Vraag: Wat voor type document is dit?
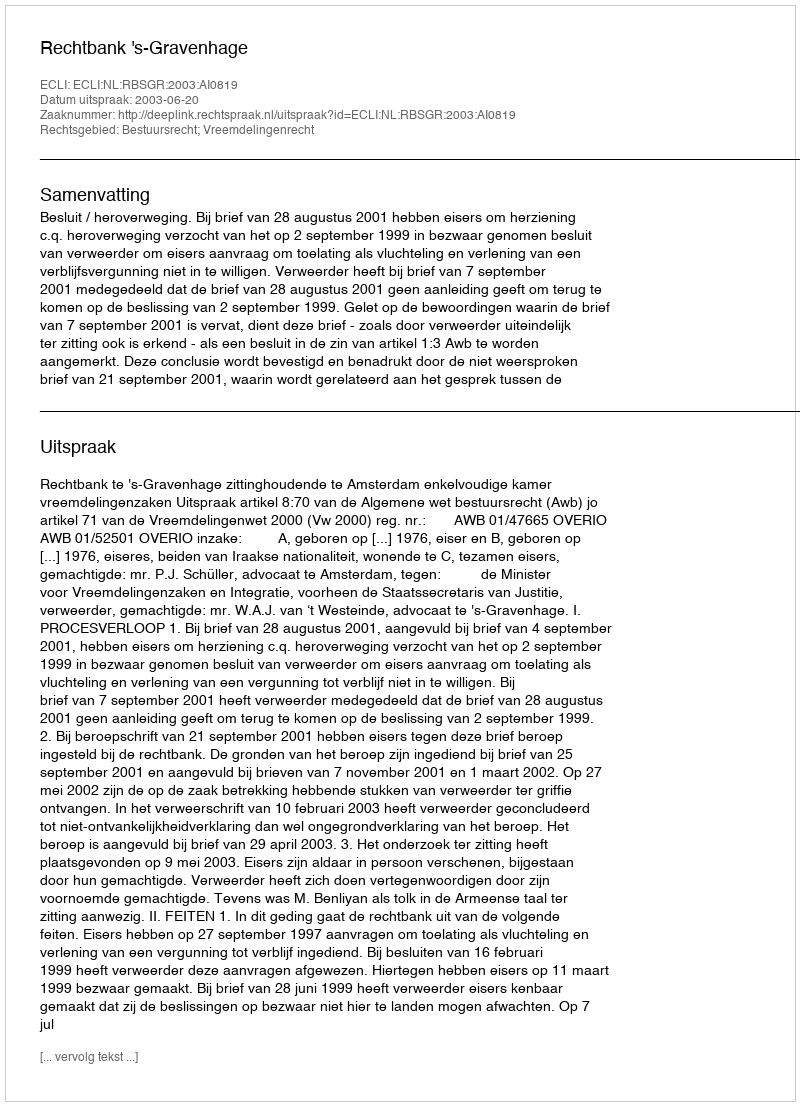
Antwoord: Uitspraak